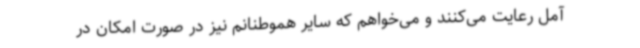
آمل رعایت می‌کنند و می‌خواهم که سایر هموطنانم نیز در صورت امکان در